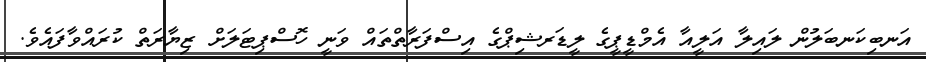
އަނބިކަނބަލުން ލައިލާ އަލީއާ އެމްޑީޕީގެ ލީޑަރޝިޕްގެ އިސްފަރާތްތައް ވަނީ ހޮސްޕިޓަލަށް ޒިޔާރަތް ކުރައްވާފައެވެ.